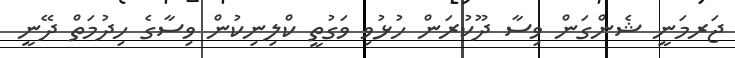
ޖަރމަނީ ޝެންގަން ވިސާ ދޫކުރަން ހުޅުވި ވަގުތީ ކްލިނިކުން ވިސާގެ ހިދުމަތް ދޭނީ